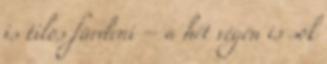
is tilos fürdeni – a hét végén is sok